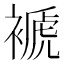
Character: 褫